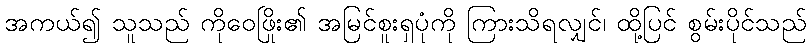
အကယ်၍ သူသည် ကိုဝေဖြိုး၏ အမြင်စူးရှပုံကို ကြားသိရလျှင်၊ ထို့ပြင် စွမ်းပိုင်သည်